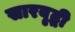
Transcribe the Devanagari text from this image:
सारवृद्धी